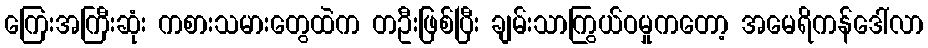
ကြေးအကြီးဆုံး ကစားသမားတွေထဲက တဦးဖြစ်ပြီး ချမ်းသာကြွယ်ဝမှုကတော့ အမေရိကန်ဒေါ်လာ